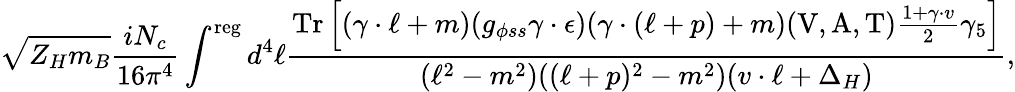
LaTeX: \sqrt{Z_{H}m_{B}}\frac{iN_{c}}{16\pi^{4}}\int^{\mathrm{reg}}d^{4}\ell\frac{\mathrm{Tr}\left[(\gamma\cdot\ell+m)(g_{\phi ss}\gamma\cdot\epsilon)(\gamma\cdot(\ell+p)+m)(\mathrm{V,A,T})\frac{1+\gamma\cdot v}{2}\gamma_{5}\right]}{(\ell^{2}-m^{2})((\ell+p)^{2}-m^{2})(v\cdot\ell+\Delta_{H})},